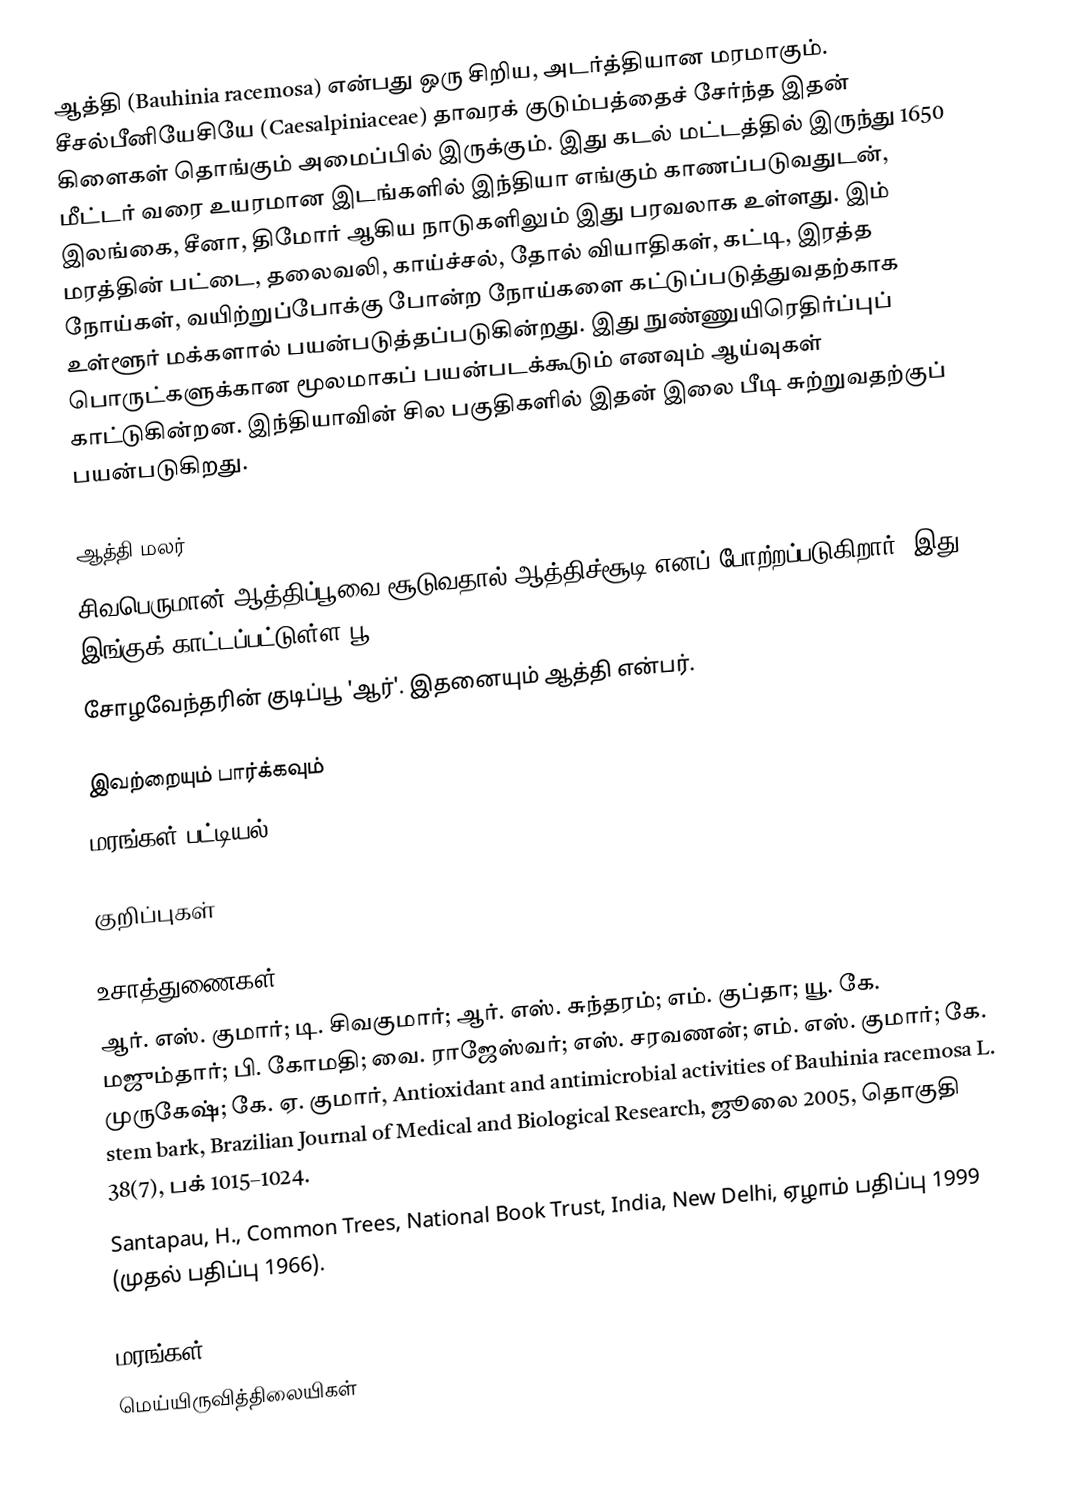
ஆத்தி (Bauhinia racemosa) என்பது ஒரு சிறிய, அடர்த்தியான மரமாகும். சீசல்பீனியேசியே (Caesalpiniaceae) தாவரக் குடும்பத்தைச் சேர்ந்த இதன் கிளைகள் தொங்கும் அமைப்பில் இருக்கும். இது கடல் மட்டத்தில் இருந்து 1650 மீட்டர் வரை உயரமான இடங்களில் இந்தியா எங்கும் காணப்படுவதுடன், இலங்கை, சீனா, திமோர் ஆகிய நாடுகளிலும் இது பரவலாக உள்ளது.  இம் மரத்தின் பட்டை, தலைவலி, காய்ச்சல், தோல் வியாதிகள், கட்டி, இரத்த நோய்கள், வயிற்றுப்போக்கு போன்ற நோய்களை கட்டுப்படுத்துவதற்காக உள்ளூர் மக்களால் பயன்படுத்தப்படுகின்றது. இது நுண்ணுயிரெதிர்ப்புப் பொருட்களுக்கான மூலமாகப் பயன்படக்கூடும் எனவும் ஆய்வுகள் காட்டுகின்றன. இந்தியாவின் சில பகுதிகளில் இதன் இலை பீடி சுற்றுவதற்குப் பயன்படுகிறது.

ஆத்தி மலர்
 சிவபெருமான் ஆத்திப்பூவை சூடுவதால் ஆத்திச்சூடி எனப் போற்றப்படுகிறார். இது இங்குக் காட்டப்பட்டுள்ள பூ
 சோழவேந்தரின் குடிப்பூ 'ஆர்'. இதனையும் ஆத்தி என்பர்.

இவற்றையும் பார்க்கவும்
 மரங்கள் பட்டியல்

குறிப்புகள்

உசாத்துணைகள்
 ஆர். எஸ். குமார்; டி. சிவகுமார்; ஆர். எஸ். சுந்தரம்; எம். குப்தா; யூ. கே. மஜும்தார்; பி. கோமதி; வை. ராஜேஸ்வர்; எஸ். சரவணன்; எம். எஸ். குமார்; கே. முருகேஷ்; கே. ஏ. குமார், Antioxidant and antimicrobial activities of Bauhinia racemosa L. stem bark, Brazilian Journal of Medical and Biological Research, ஜூலை 2005, தொகுதி 38(7), பக் 1015–1024.
 Santapau, H., Common Trees, National Book Trust, India, New Delhi, ஏழாம் பதிப்பு 1999 (முதல் பதிப்பு 1966).

மரங்கள்
மெய்யிருவித்திலையிகள்